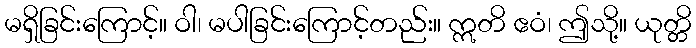
မရှိခြင်းကြောင့်။ ဝါ၊ မပါခြင်းကြောင့်တည်း။ ဣတိ ဧဝံ၊ ဤသို့။ ယုတ္တိ